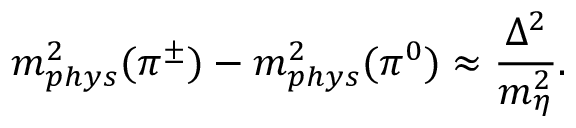
m _ { p h y s } ^ { 2 } ( \pi ^ { \pm } ) - m _ { p h y s } ^ { 2 } ( \pi ^ { 0 } ) \approx \frac { \Delta ^ { 2 } } { m _ { \eta } ^ { 2 } } .